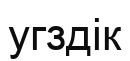
угздік